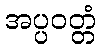
အပ္ပဝတ္တံ